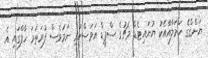
ޔަންގްގެ ހަމަލާއާއެކު ޔުނައިޓެޑް މެޗުގެ ސްޕީޑް އަވަސްކުރި ނަމަވެސް ފުރަތަމަ ހާފްގައި އެ